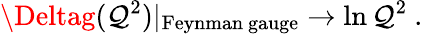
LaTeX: \Deltag(\mathcal{Q}^{2})|_{\mathrm{{Feynman~gauge}}}\rightarrow\ln\mathcal{Q}^{2}\ .